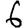
Digit: 6